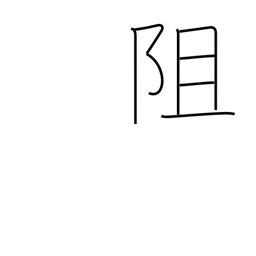
Meaning: separate from